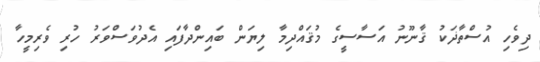
ދިވެހި އުސްތާޛަކު ޤާނޫނު އަސާސީގެ މުޤައްދިމާ ލިޔަން ބައިންދާފައި އެދުވަސްވަރު ހުރި ވެރިމީހާ